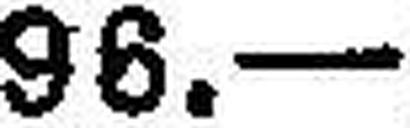
96.—